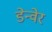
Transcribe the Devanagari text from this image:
डेन्वेर